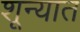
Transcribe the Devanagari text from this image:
शून्यात